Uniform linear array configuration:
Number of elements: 8
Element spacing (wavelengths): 0.5
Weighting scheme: blackman
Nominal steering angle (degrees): -15
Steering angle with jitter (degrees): -14.576
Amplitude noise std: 0.05
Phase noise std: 0.05

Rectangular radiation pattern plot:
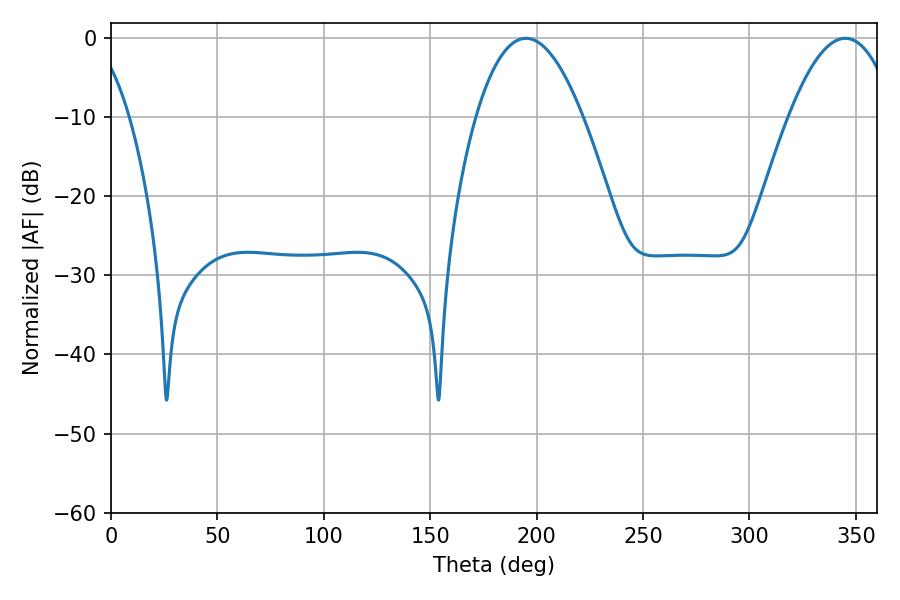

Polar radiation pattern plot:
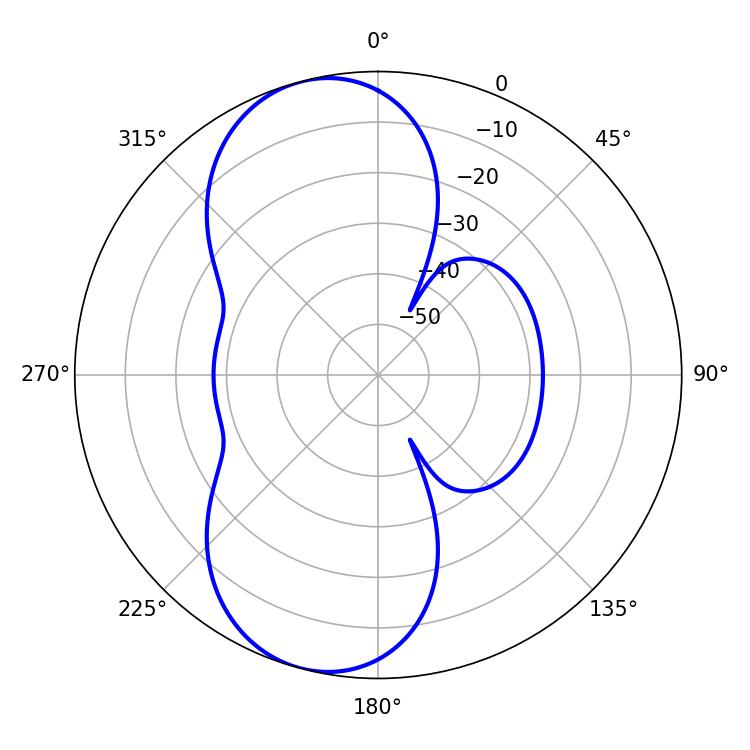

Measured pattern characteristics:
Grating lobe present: FALSE
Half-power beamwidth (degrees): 27.72
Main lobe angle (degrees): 194.94